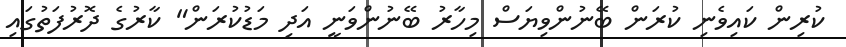
ކުރިން ކައިވެނި ކުރަން ބޭނުންވިޔަސް މިހާރު ބޭނުންވަނީ އަދި މަޑުކުރަން" ކާރުގެ ދޮރުފަތުގައި